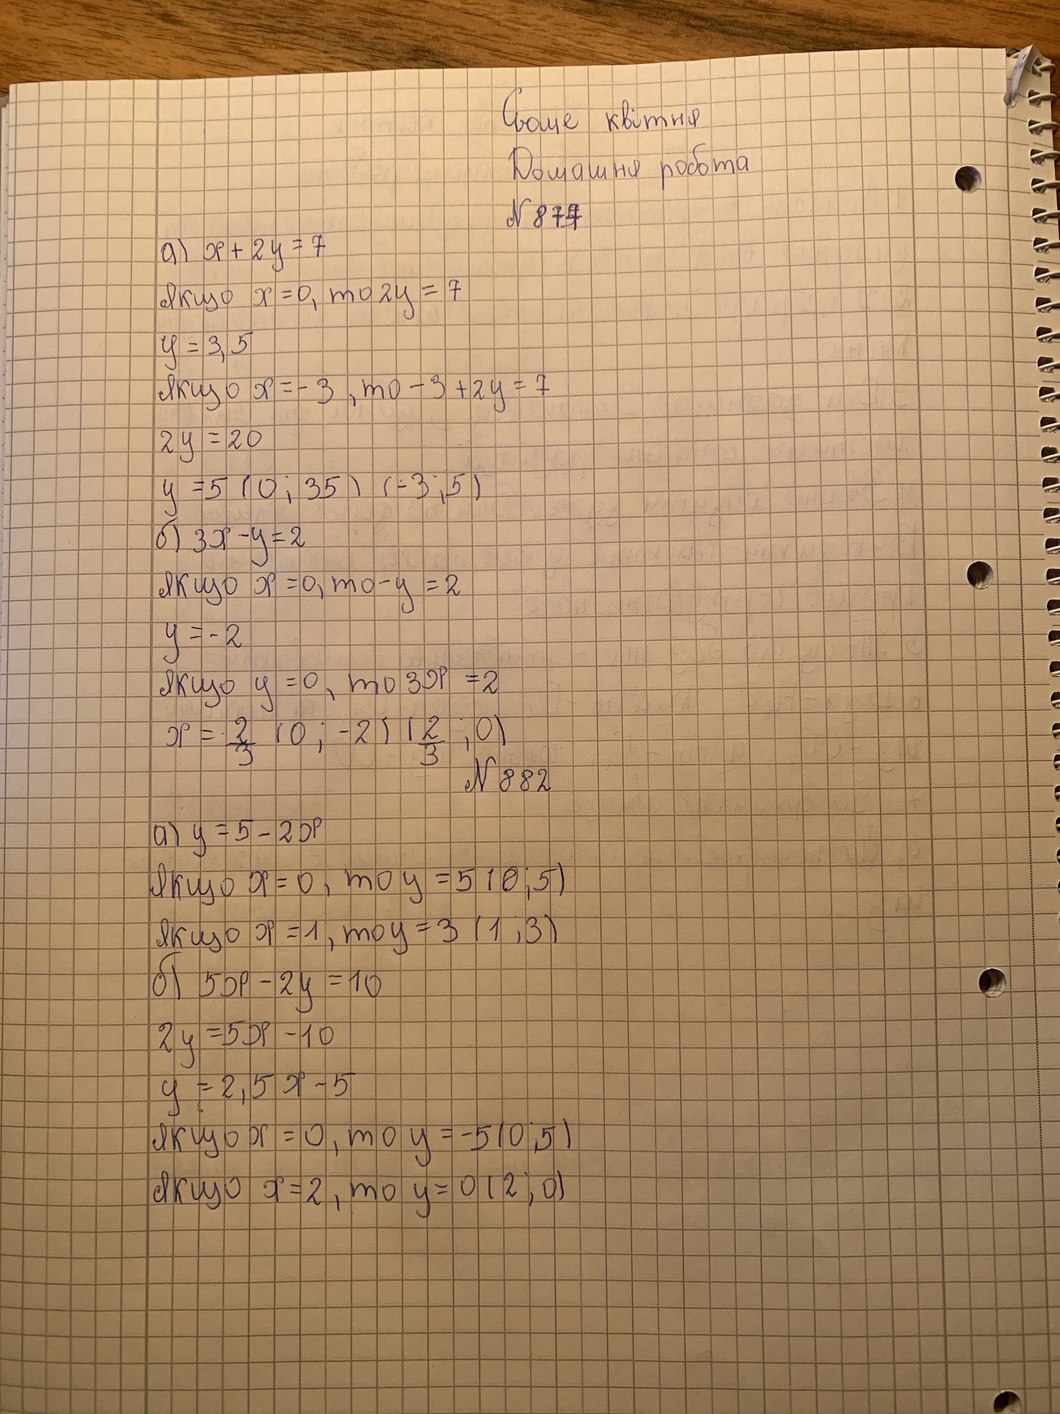
Сьоме квітня
Домашня робота
N 877
a) x + 2y = 7
якщо  x = 0, то 2y = 7
y = 3,5
якщо x = -3, то -3 + 2y = 7
2y = 20
y = 5 (0; 35) (-3; 5)
б) 3x - y = 2
якщо x = 0, то -y = 2
y = -2
Якщо y = 0, то 3x = 2
x = -\frac{2}{3} (0; -2) (\frac{12}{3}; 0)
N 882
a) y = 5 - 2x
Якщо x = 0, то y = 5(0;5)
Якщо x = 1, то y = 3 (1; 3)
б) 5x - 2y = 10
2y = 5x - 10
y = 2,5x - 5
якщо x = 0, то y = -5 (0; 5)
якщо x=2, то y = 0 (2; 0)